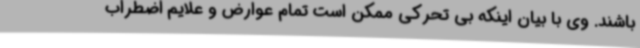
باشند. وی با بیان اینکه بی تحرکی ممکن است تمام عوارض و علایم اضطراب